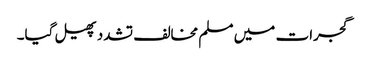
گجرات میں مسلم مخالف تشدد پھیل گیا۔